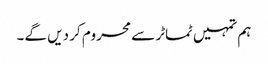
ہم تمہیں ٹماٹر سے محروم کر دیں گے۔